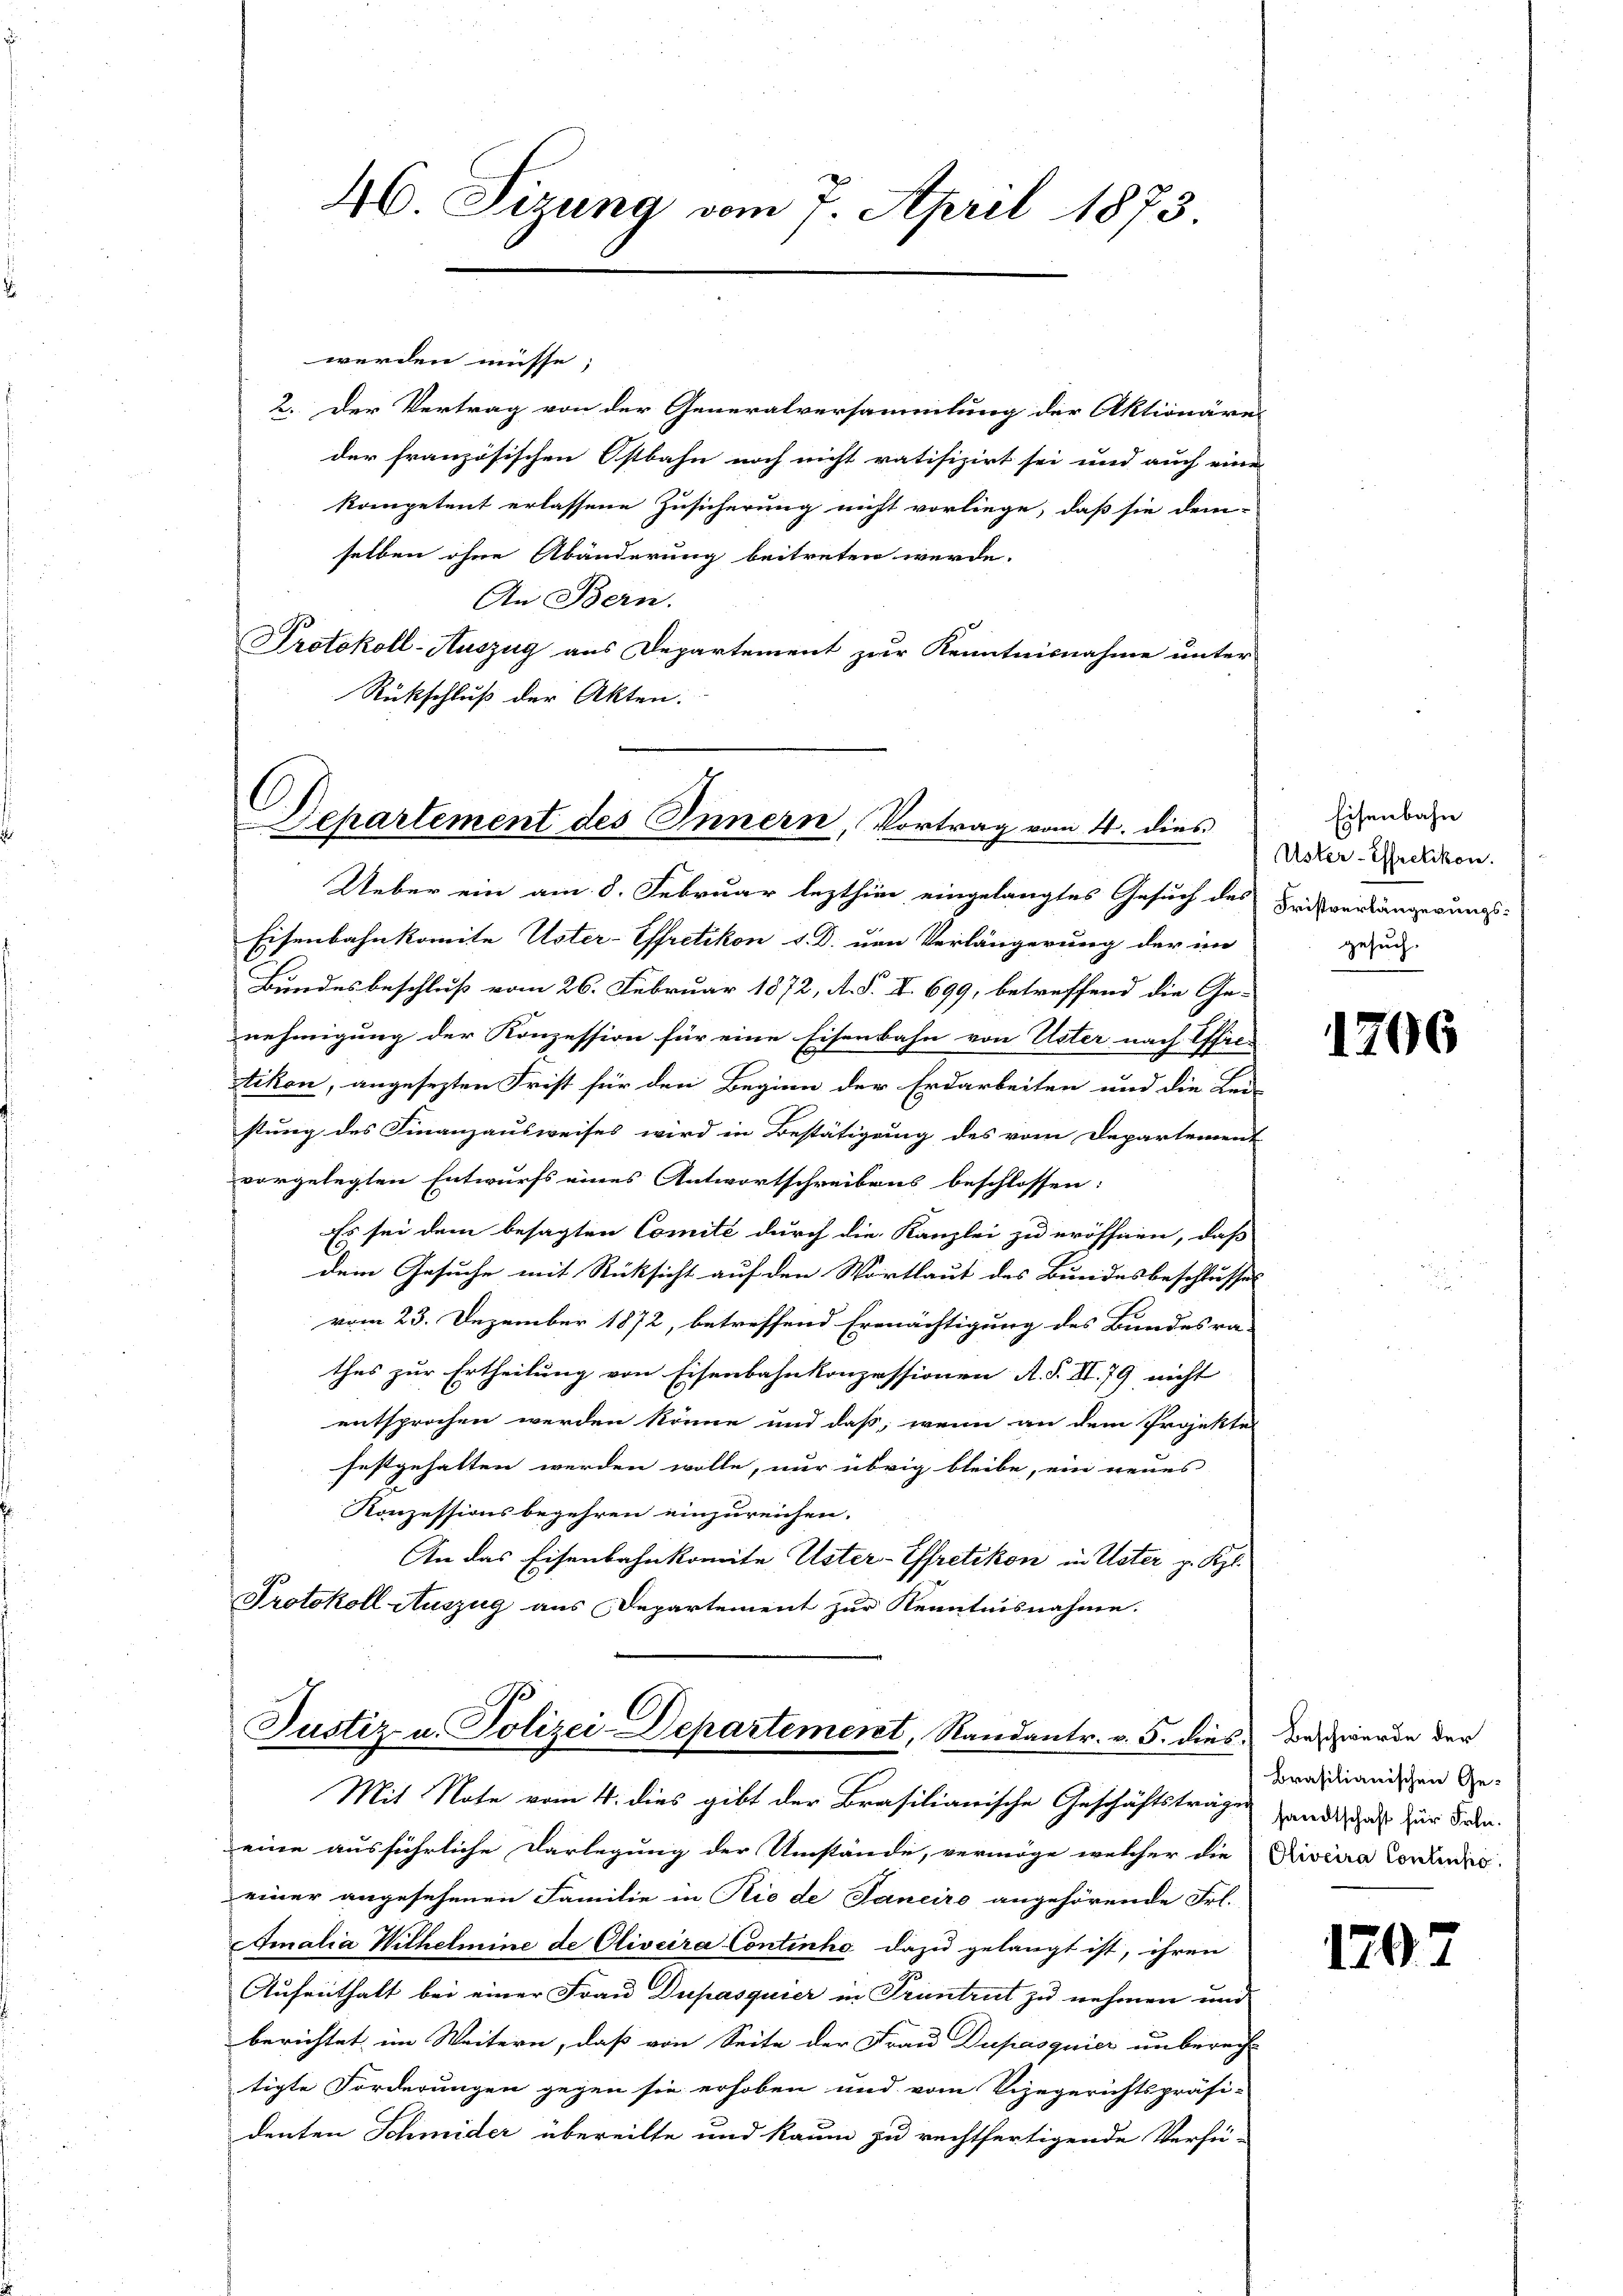
46. Sizung vom 7. April 1873.

werden müsse;
2. Der Vertrag von der Generalversammlung der Aktionäre
der französischen Ostbahn noch nicht ratifizirt sei und auch eine
kompetent erlassene Zusicherung nicht vorliege, daß sie dem-
selben ohne Abänderung beitreten werde.
An Bern.
Protokoll-Auszug aus Departement zur Kenntnisnahme unter
Rückschluß der Akten.

Separtement des Innern, Vortrag vom 4. dies

Ueber ein am 8. Februar lezthin eingelangtes Gesuch des Fristverlängerungs-
Eisenbahnkomite Uster-Effretikon u. D. uen Verlängerung der im
Bundesbeschluß vom 26. Februar 1872, A. S. I. 699, betreffend die Ge-
nehmigung der Konzession für eine Eisenbahn von Uster nach Effil-
tikon, angesezten Frist für den Beginn der Erdarbeiten und die Lei-
stung des Finanzausweises wird in Bestätigung des vom Departement
vorgelegten Entwurfs eines Antwortschreibens beschlossen:
Es sei dem besagten Comité durch die Kanzlei zu eröffnen, daß
dem Gesuche mit Rücksicht auf den Wortlaut des Bundesbeschlusses
vom 23. Dezember 1872, betreffend Ermächtigung des Bundesra-
thes zur Ertheilung von Eisenbahnkonzessionen A. S. II. 79 nicht
entsprochen werden könne und daß, wenn an dem Projekter
festgehalten werden wolle, nur übrig bleibe, ein neues
Konzessionsbegehren einzureichen.
An das Eisenbahnkomite Uster-Effretikon in Uster p. Kgl.
Protokoll Auszug aus Departement zur Kenntnisnahme.

C
Justiz- u. Polizei-Departement, Randantr. v. 5. dies das werde der

Mit Note vom 4. dies gibt der Brasilianische Geschäftsträge andel zur Forden.
eine ausführliche Darlegung der Umstände, vermöge welcher die Riscura Concludis
einer angesehenen Familie in Nie de Janeiro angehörende Frl.
Amalia Wilhelmine de Clivcira Continha dazu gelangt ist, ihren
Aufenthalt bei einer Frau Dupasquier in Truntrut zu nehmen und
berichtet im Weitern, daß von Seite der Frau Dupasquier unberech-
tigte Forderungen gegen sie erhoben und vom Vizegerichtspräsi-
denten Schmider übereilte und kaum zu rechtfertigende Verfü-

Eisenbahn
Uster-Effretikon.
gesuch.

1706

brasilianischen Ge-

1707